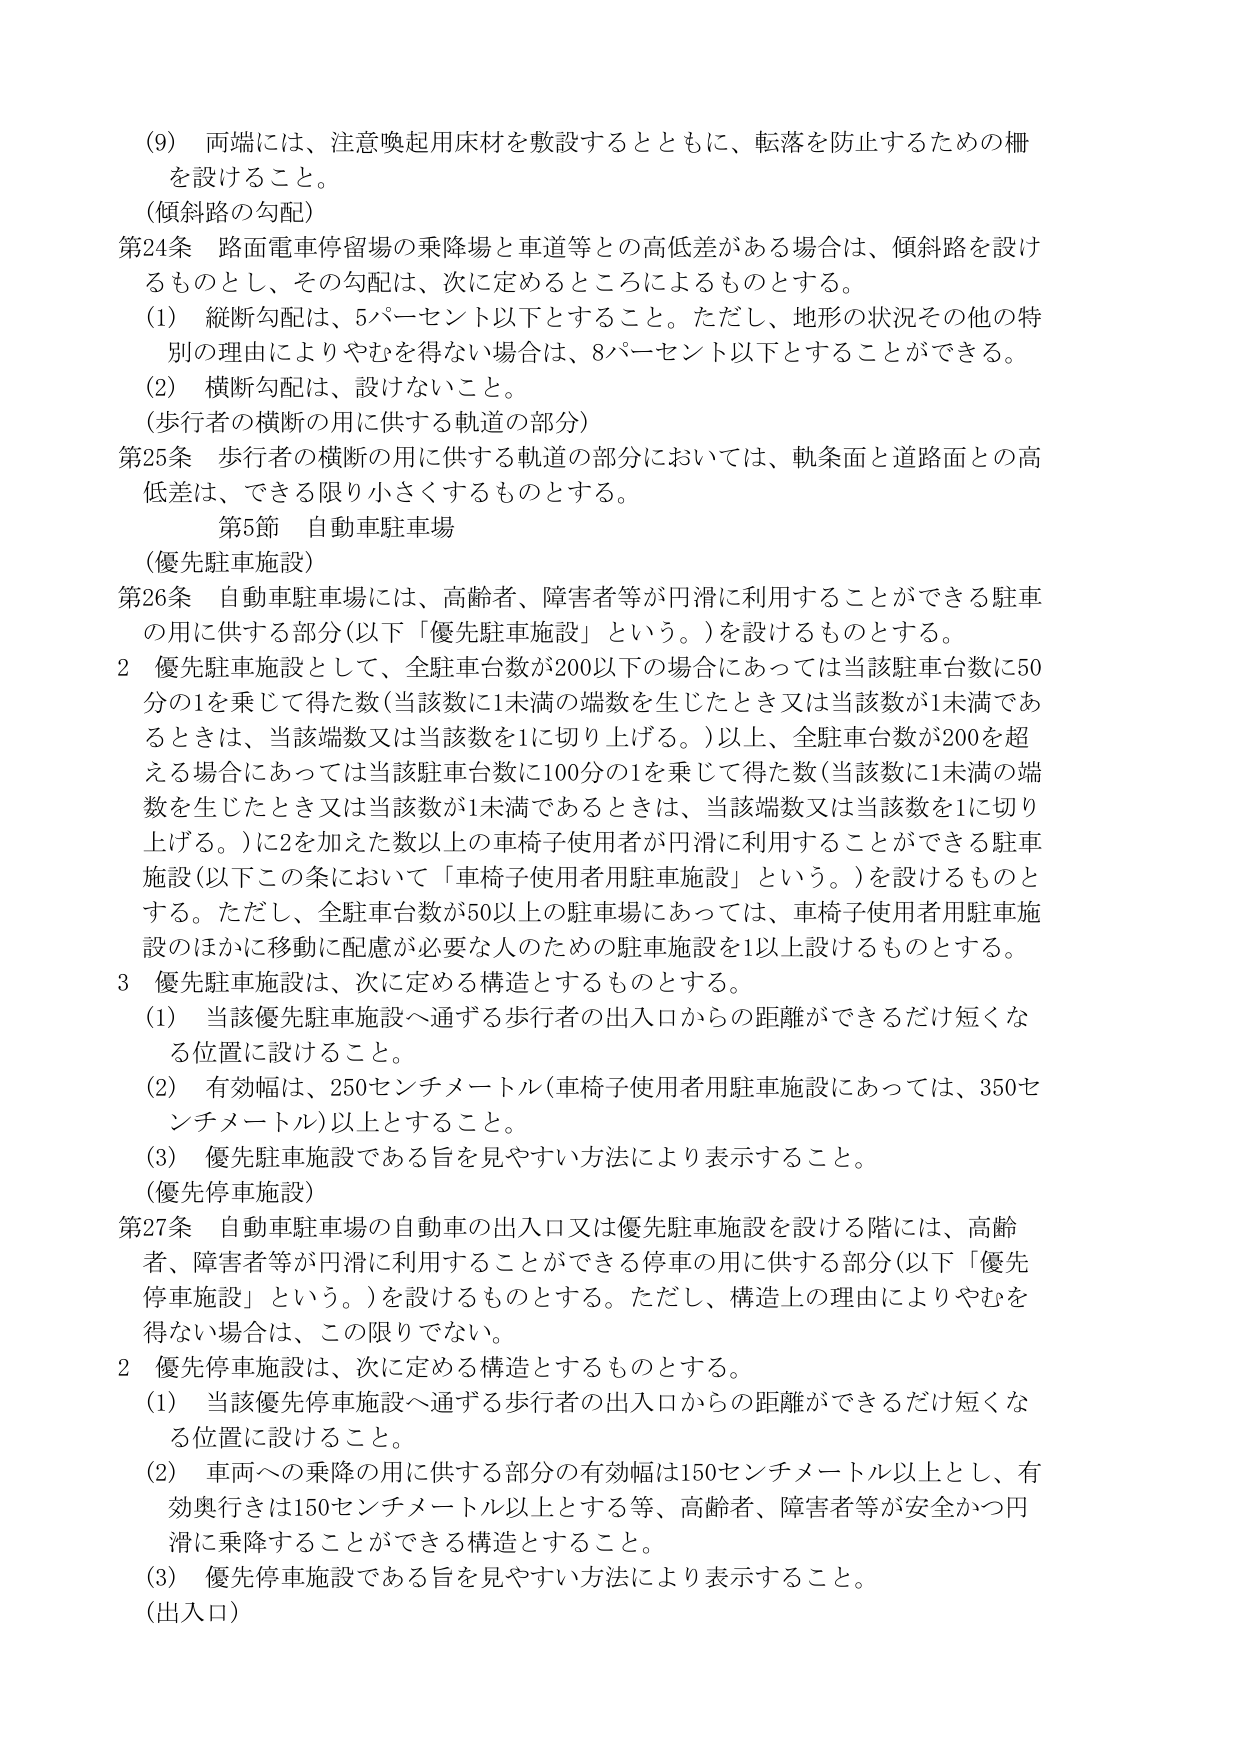
(9) 両端には、注意喚起用床材を敷設するとともに、転落を防止するための柵を設けること。

（傾斜路の勾配）

第24条 路面電車停留場の乗降場と車道等との高低差がある場合は、傾斜路を設けるものとし、その勾配は、次に定めるところによるものとする。

(1) 縦断勾配は、5パーセント以下とすること。ただし、地形の状況その他の特別の理由によりやむを得ない場合は、8パーセント以下とすることができる。

(2) 横断勾配は、設けないこと。

（歩行者の横断の用に供する軌道の部分）

第25条 歩行者の横断の用に供する軌道の部分においては、軌条面と道路面との高低差は、できる限り小さくするものとする。

第5節 自動車駐車場

（優先駐車施設）

第26条 自動車駐車場には、高齢者、障害者等が円滑に利用することができる駐車の用に供する部分（以下「優先駐車施設」という。）を設けるものとする。

2 優先駐車施設として、全駐車台数が200以下の場合にあっては当該駐車台数に50分の1を乗じて得た数（当該数に1未満の端数を生じたとき又は当該数が1未満であるときは、当該端数又は当該数を1に切り上げる。）以上、全駐車台数が200を超える場合にあっては当該駐車台数に100分の1を乗じて得た数（当該数に1未満の端数を生じたとき又は当該数が1未満であるときは、当該端数又は当該数を1に切り上げる。）に2を加えた数以上の車椅子使用者が円滑に利用することができる駐車施設（以下この条において「車椅子使用者用駐車施設」という。）を設けるものとする。ただし、全駐車台数が50以上の駐車場にあっては、車椅子使用者用駐車施設のほかに移動に配慮が必要な人のための駐車施設を1以上設けるものとする。

3 優先駐車施設は、次に定める構造とするものとする。

(1) 当該優先駐車施設へ通ずる歩行者の出入口からの距離ができるだけ短くなる位置に設けること。

(2) 有効幅は、250センチメートル（車椅子使用者用駐車施設にあっては、350センチメートル）以上とすること。

(3) 優先駐車施設である旨を見やすい方法により表示すること。

（優先停車施設）

第27条 自動車駐車場の自動車の出入口又は優先駐車施設を設ける階には、高齢者、障害者等が円滑に利用することができる停車の用に供する部分（以下「優先停車施設」という。）を設けるものとする。ただし、構造上の理由によりやむを得ない場合は、この限りでない。

2 優先停車施設は、次に定める構造とするものとする。

(1) 当該優先停車施設へ通ずる歩行者の出入口からの距離ができるだけ短くなる位置に設けること。

(2) 車両への乗降の用に供する部分の有効幅は150センチメートル以上とし、有効奥行きは150センチメートル以上とする等、高齢者、障害者等が安全かつ円滑に乗降することができる構造とすること。

(3) 優先停車施設である旨を見やすい方法により表示すること。

（出入口）